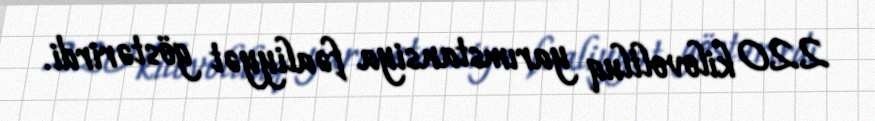
220 kilovoltluq yarımstansiya fəaliyyət göstərirdi.